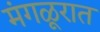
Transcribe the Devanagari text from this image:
मंगळूरात